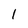
Character: 1